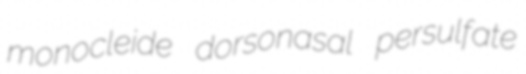
monocleide dorsonasal persulfate